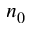
n _ { 0 }